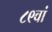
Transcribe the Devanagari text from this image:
८९वां